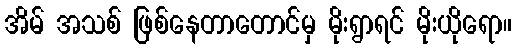
အိမ် အသစ် ဖြစ်နေတာတောင်မှ မိုးရွာရင် မိုးယိုရော။